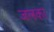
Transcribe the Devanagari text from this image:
जलका